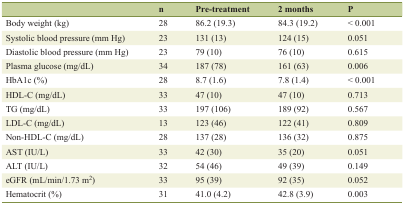
<table><thead><tr><td></td><td><b>n</b></td><td><b>Pre-treatment</b></td><td><b>2 months</b></td><td><b>P</b></td></tr></thead><tbody><tr><td>Body weight (kg)</td><td>28</td><td>86.2 (19.3)</td><td>84.3 (19.2)</td><td>&lt; 0.001</td></tr><tr><td>Systolic blood pressure (mm Hg)</td><td>23</td><td>131 (13)</td><td>124 (15)</td><td>0.051</td></tr><tr><td>Diastolic blood pressure (mm Hg)</td><td>23</td><td>79 (10)</td><td>76 (10)</td><td>0.615</td></tr><tr><td>Plasma glucose (mg/dL)</td><td>34</td><td>187 (78)</td><td>161 (63)</td><td>0.006</td></tr><tr><td>HbA1c (%)</td><td>28</td><td>8.7 (1.6)</td><td>7.8 (1.4)</td><td>&lt; 0.001</td></tr><tr><td>HDL-C (mg/dL)</td><td>33</td><td>47 (10)</td><td>47 (10)</td><td>0.713</td></tr><tr><td>TG (mg/dL)</td><td>33</td><td>197 (106)</td><td>189 (92)</td><td>0.567</td></tr><tr><td>LDL-C (mg/dL)</td><td>13</td><td>123 (46)</td><td>122 (41)</td><td>0.809</td></tr><tr><td>Non-HDL-C (mg/dL)</td><td>28</td><td>137 (28)</td><td>136 (32)</td><td>0.875</td></tr><tr><td>AST (IU/L)</td><td>33</td><td>42 (30)</td><td>35 (20)</td><td>0.051</td></tr><tr><td>ALT (IU/L)</td><td>32</td><td>54 (46)</td><td>49 (39)</td><td>0.149</td></tr><tr><td>eGFR (mL/min/1.73 m<sup>2</sup>)</td><td>33</td><td>95 (39)</td><td>92 (35)</td><td>0.052</td></tr><tr><td>Hematocrit (%)</td><td>31</td><td>41.0 (4.2)</td><td>42.8 (3.9)</td><td>0.003</td></tr></tbody></table>